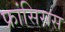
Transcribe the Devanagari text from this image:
फ्रांसिसस